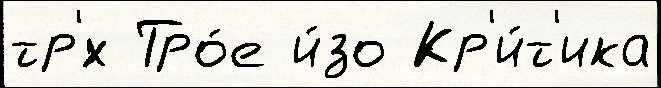
тр'́х Тро́е и́зо Кр'и́т'ика